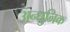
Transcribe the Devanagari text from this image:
अन्धुनिक